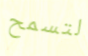
لتسمح